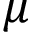
\mu